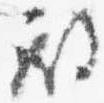
殿